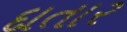
દાતાર